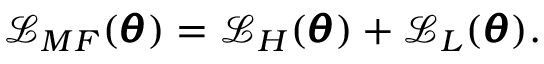
\mathcal { L } _ { M F } ( \pmb { \theta } ) = \mathcal { L } _ { H } ( \pmb { \theta } ) + \mathcal { L } _ { L } ( \pmb { \theta } ) .